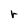
Character: r